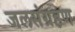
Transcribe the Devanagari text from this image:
जलसंग्रहण